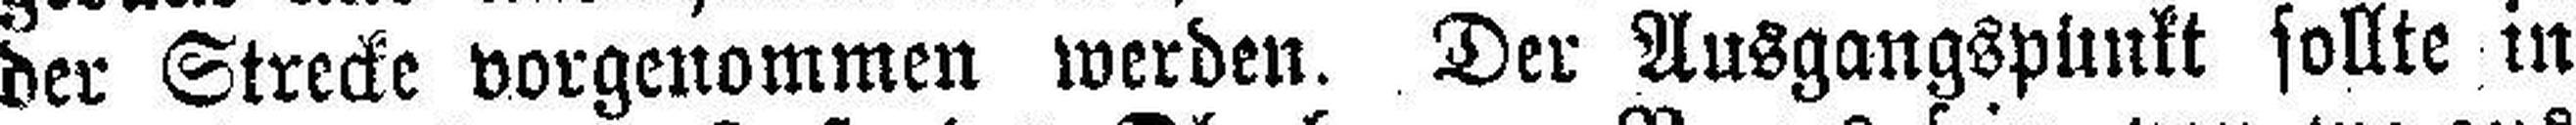
der Strecke vorgenommen werden. Der Ansgangspünkt sollte in